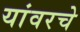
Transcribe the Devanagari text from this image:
यांवरचे